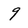
Character: 9